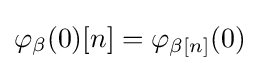
\varphi _{\beta }(0)[n]=\varphi _{\beta [n]}(0)